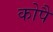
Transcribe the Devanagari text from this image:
कोपै